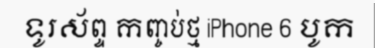
ទូរស័ព្ទ កញ្ចប់ថ្ម iPhone 6 បូក